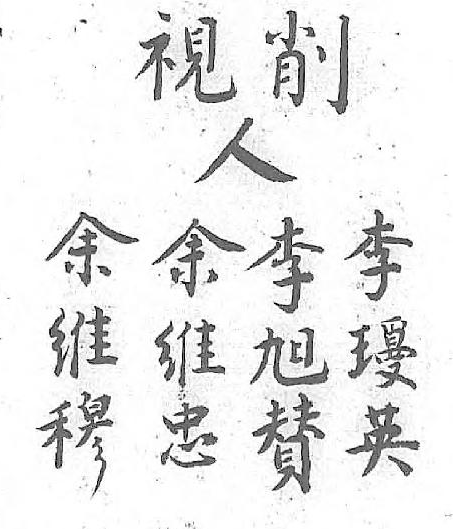
削人余李李余視 维旭瓊维  穆賛英忠